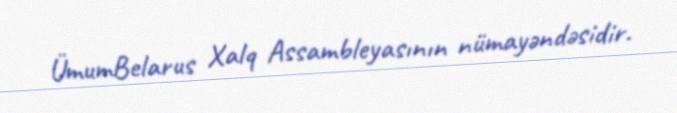
ÜmumBelarus Xalq Assambleyasının nümayəndəsidir.